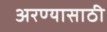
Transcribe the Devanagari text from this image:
अरण्यासाठी